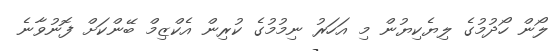
ލޯން ހޯދުމުގެ ލިޔެކިޔުން މި އަހަރު ނިމުމުގެ ކުރިން އެކްޒިމް ބޭންކަށް ފޮނުވާނެ